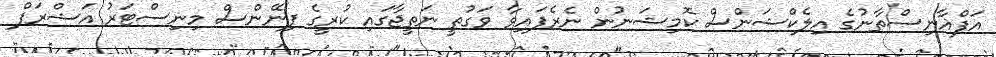
އަފްޣާނިސްތާނުގެ އިލެކްޝަންސް ކޮމިޝަނުން ނެރެފައިވާ ވަގުތީ ނަތީޖާގައި ކުރީގެ ފިނޭންސް މިނިސްޓަރު އަޝްރަފް